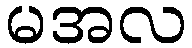
မအလ